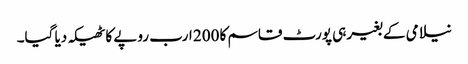
نیلامی کے بغیر ہی پورٹ قاسم کا 200 ارب روپے کا ٹھیکہ دیا گیا۔